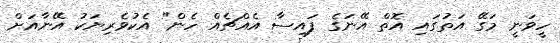
ހީވަނީ މަގޭ އަތުގައި އޮތް އޭނަގެ ފައިސާ އެއްޗެއް ހެން" އެކުވެރިޔަކު އޭނާއަށް